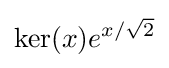
\mathrm {ker} (x)e^{x/{\sqrt {2}}}